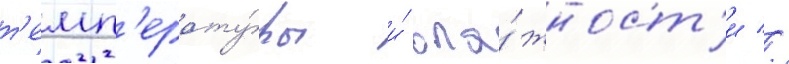
т'емп'ерату́ры и́ вла́жност'и //